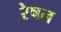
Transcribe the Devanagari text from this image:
रेषन